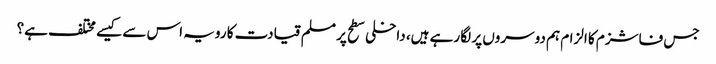
جس فاشزم کا الزام ہم دوسروں پر لگا رہے ہیں، داخلی سطح پر مسلم قیادت کا رویہ اس سے کیسے مختلف ہے؟